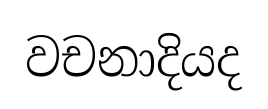
වචනාදියද